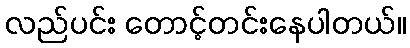
လည်ပင်း တောင့်တင်းနေပါတယ်။